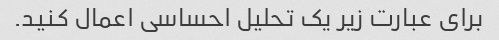
برای عبارت زیر یک تحلیل احساسی اعمال کنید.